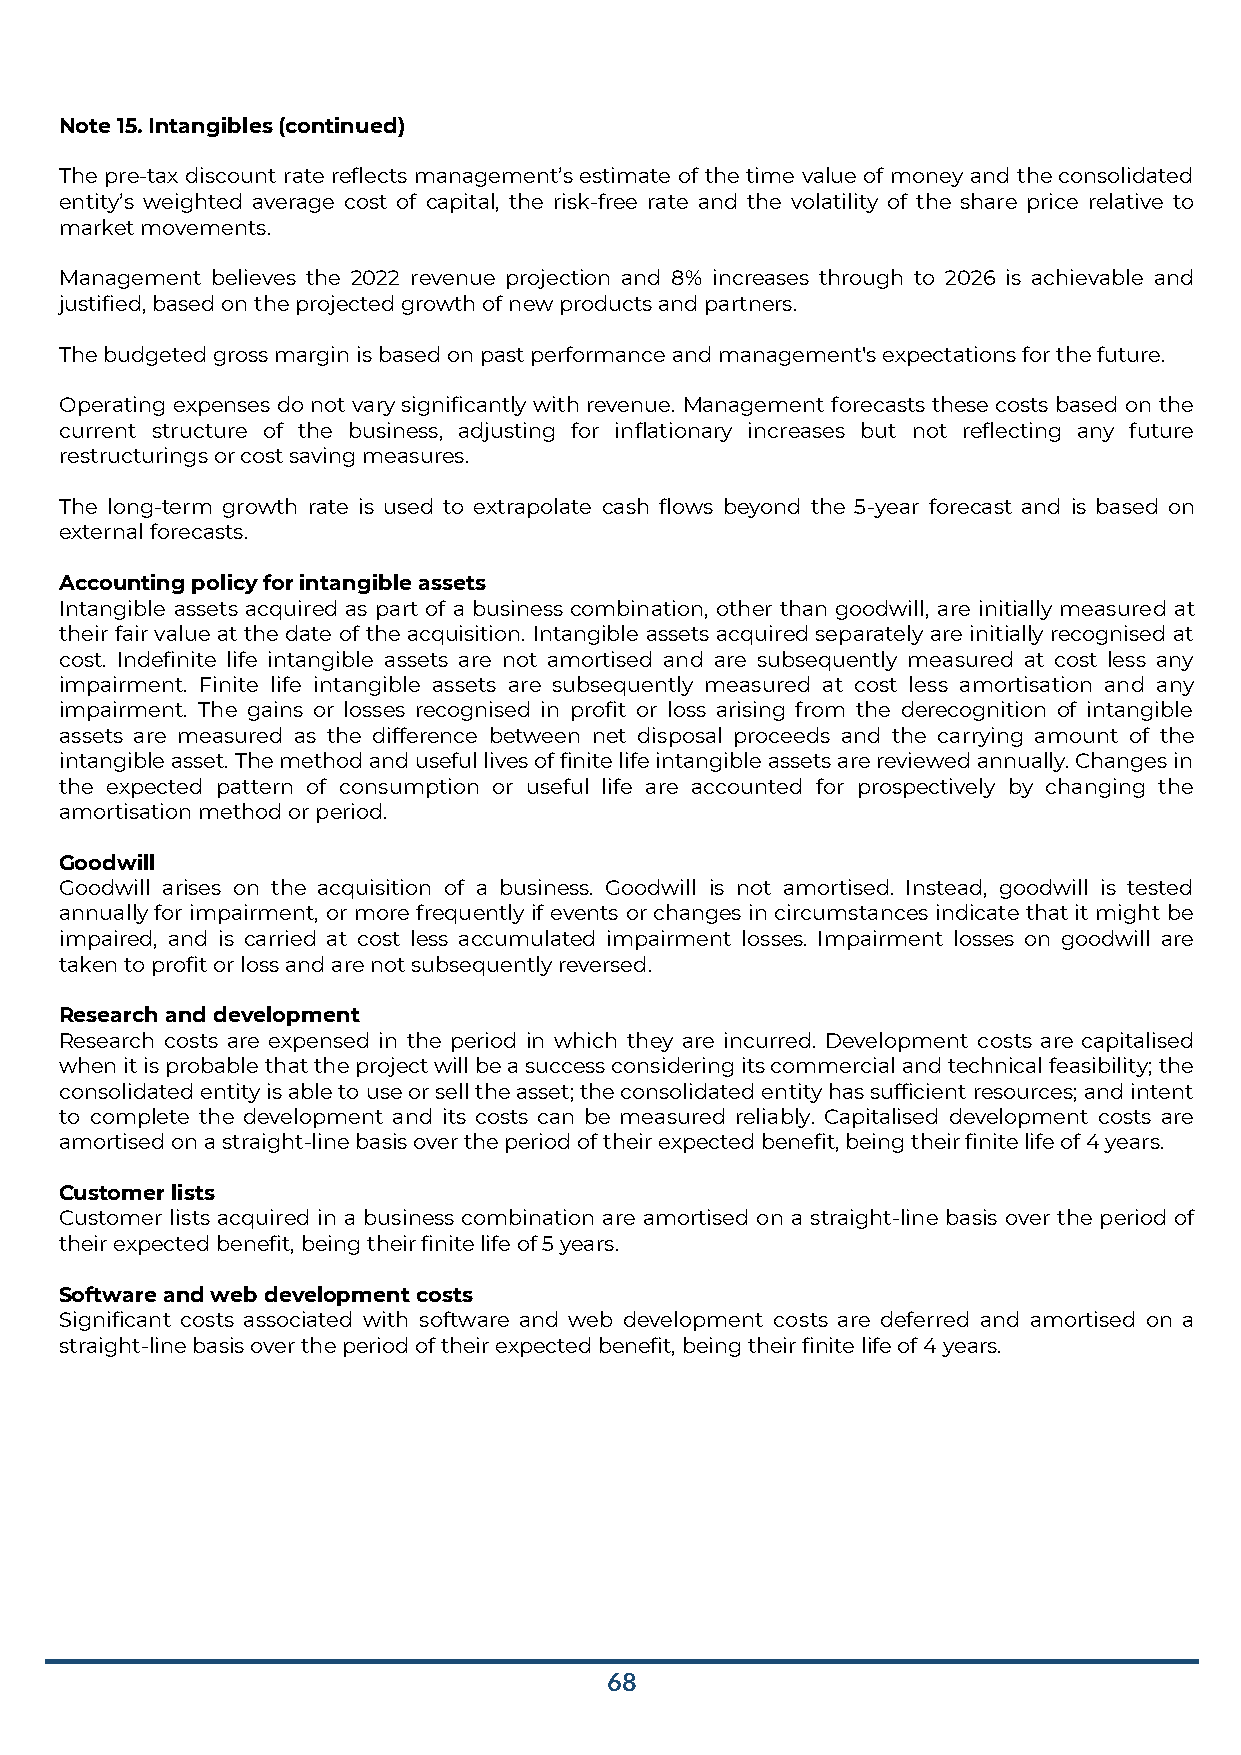
Note 15. Intangibles (continued)
 The pre-tax discount rate reflects management’s estimate of the time value of money and the consolidated
 entity’s weighted average cost of capital, the risk-free rate and the volatility of the share price relative to
 market movements.
 Management believes the 2022 revenue projection and 8% increases through to 2026 is achievable and
 justified, based on the projected growth of new products and partners.
 The budgeted gross margin is based on past performance and management's expectations for the future.
 Operating expenses do not vary significantly with revenue. Management forecasts these costs based on the
 current structure of the business, adjusting for inflationary increases but not reflecting any future
 restructurings or cost saving measures.
 The long-term growth rate is used to extrapolate cash flows beyond the 5-year forecast and is based on
 external forecasts.
 Accounting policy for intangible assets
 Intangible assets acquired as part of a business combination, other than goodwill, are initially measured at
 their fair value at the date of the acquisition. Intangible assets acquired separately are initially recognised at
 cost. Indefinite life intangible assets are not amortised and are subsequently measured at cost less any
 impairment. Finite life intangible assets are subsequently measured at cost less amortisation and any
 impairment. The gains or losses recognised in profit or loss arising from the derecognition of intangible
 assets are measured as the difference between net disposal proceeds and the carrying amount of the
 intangible asset. The method and useful lives of finite life intangible assets are reviewed annually. Changes in
 the expected pattern of consumption or useful life are accounted for prospectively by changing the
 amortisation method or period.
 Goodwill
 Goodwill arises on the acquisition of a business. Goodwill is not amortised. Instead, goodwill is tested
 annually for impairment, or more frequently if events or changes in circumstances indicate that it might be
 impaired, and is carried at cost less accumulated impairment losses. Impairment losses on goodwill are
 taken to profit or loss and are not subsequently reversed.
 Research and development
 Research costs are expensed in the period in which they are incurred. Development costs are capitalised
 when it is probable that the project will be a success considering its commercial and technical feasibility; the
 consolidated entity is able to use or sell the asset; the consolidated entity has sufficient resources; and intent
 to complete the development and its costs can be measured reliably. Capitalised development costs are
 amortised on a straight-line basis over the period of their expected benefit, being their finite life of 4 years.
 Customer lists
 Customer lists acquired in a business combination are amortised on a straight-line basis over the period of
 their expected benefit, being their finite life of 5 years.
 Software and web development costs
 Significant costs associated with software and web development costs are deferred and amortised on a
 straight-line basis over the period of their expected benefit, being their finite life of 4 years.
 68